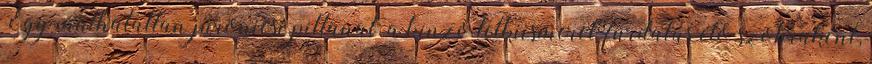
Egy múlhatatlan juronicsi pillanat: a kínzó lelkiismeret-furdalás élő szobraként,